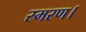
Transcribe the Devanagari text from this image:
स्मरण।